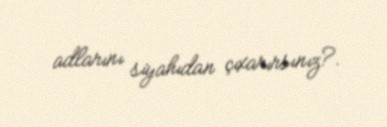
adlarını siyahıdan çıxarırsınız?.